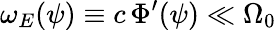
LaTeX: \omega_{E}(\psi)\equiv c\, \Phi^{\prime}(\psi)\ll\Omega_{0}